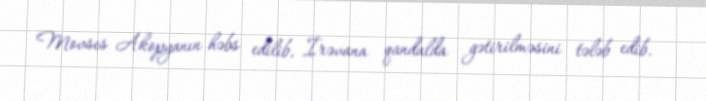
Movses Akopyanın həbs edilib, İrəvana qandalda gətirilməsini tələb edib.